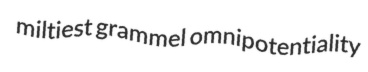
miltiest grammel omnipotentiality